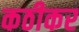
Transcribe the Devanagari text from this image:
कठीकर